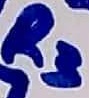
Text: R3Ω